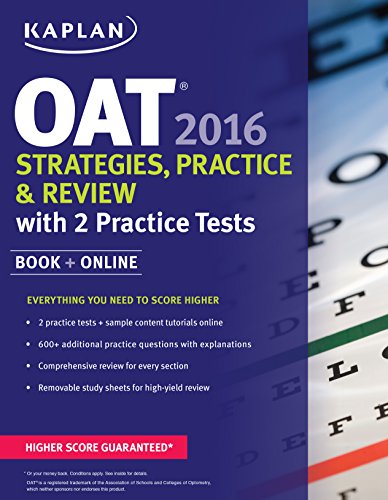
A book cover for Kaplan OAT 2016 Strategies, Practice, and Review with 2 Practice Tests: Book + Online (Kaplan Test Prep); Kaplan; Test Preparation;